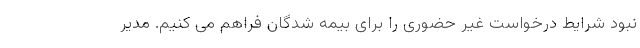
نبود شرایط درخواست غیر حضوری را برای بیمه شدگان فراهم می کنیم. مدیر